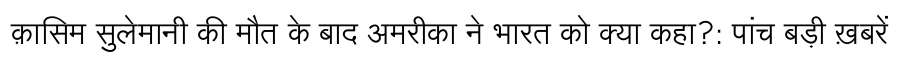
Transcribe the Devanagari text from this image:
क़ासिम सुलेमानी की मौत के बाद अमरीका ने भारत को क्या कहा?: पांच बड़ी ख़बरें